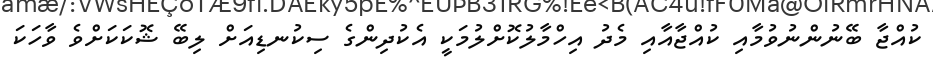
ކުއްޖާ ބޭނުންނުވުމާއި ކުއްޖާއާއި މެދު އިހްމާލުކޮށްލުމަކީ އެކުދިންގެ ސިކުނޑިއަށް ލިބޭ ޝޮކަކަށްވެ ވާހަކަ